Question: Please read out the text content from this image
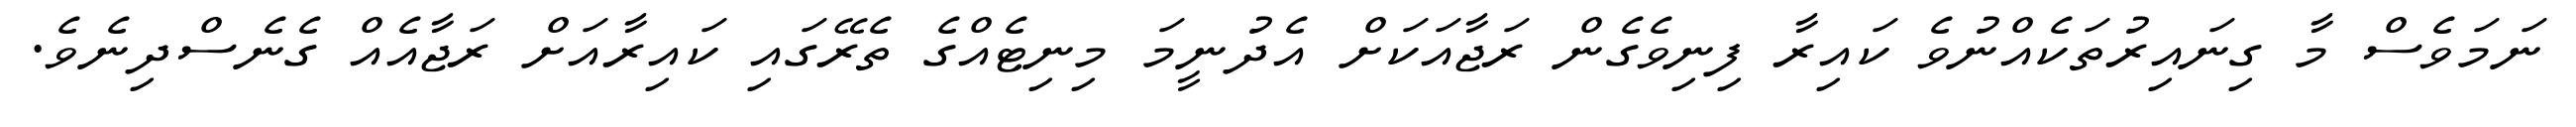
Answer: ނަމަވެސް މާ ގިނައިރުތަކެއްނުވެ ކައިރާ ފިނިވެގެން ރަޖާއަކަށް އެދުނީމަ މިނިޓެއްގެ ތެރޭގައި ކައިރާއަށް ރަޖާއެއް ގެނެސްދިނެވެ.